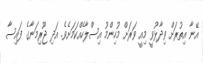
އޭނާ އިތުރަށް ވިދާޅުވީ މިއީ ވަރަށް މުހިންމު އިސްލާހެއްކަމަށެވެ. އަދި ޖޫރިމަނާގެ ފައިސާ